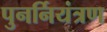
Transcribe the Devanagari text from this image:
पुनर्नियंत्रण